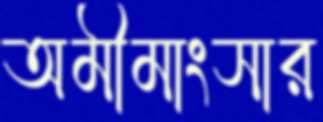
অমীমাংসার